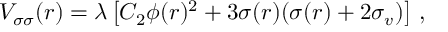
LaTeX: V _ { \sigma \sigma } ( r ) = \lambda \left[ C _ { 2 } \phi ( r ) ^ { 2 } + 3 \sigma ( r ) ( \sigma ( r ) + 2 \sigma _ { v } ) \right] \, ,